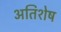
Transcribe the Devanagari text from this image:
अतिशेष